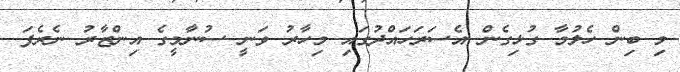
މި ބިން ހެލުމާ ގުޅިގެން އެސަރަހައްދުގައި މިހާރު ވަނީ ސުނާމީގެ އިންޒާރު ނެރެފަ